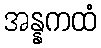
အန္နကထံ